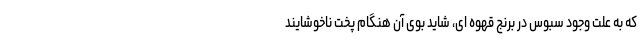
که به علت وجود سبوس در برنج قهوه ای، شاید بوی آن هنگام پخت ناخوشایند